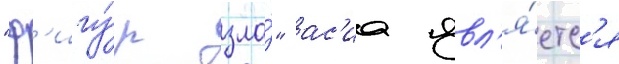
"ф'игу́р зла́" ас'иа явл'я́етс'я